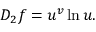
D _ { 2 } f = u ^ { v } \ln u .